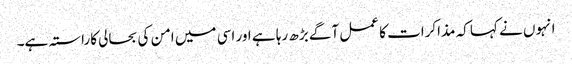
انہوں نے کہا کہ مذاکرات کا عمل آگے بڑھ رہا ہے اور اسی میں امن کی بحالی کاراستہ ہے۔